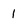
Character: 1